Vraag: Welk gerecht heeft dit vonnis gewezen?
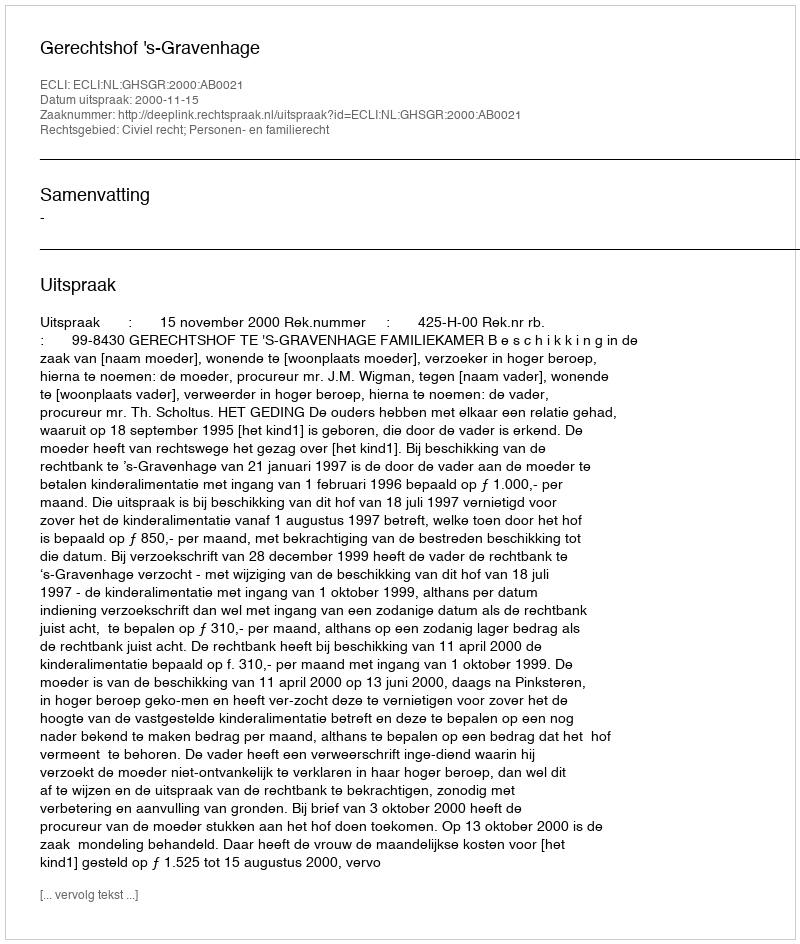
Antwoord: Gerechtshof 's-Gravenhage